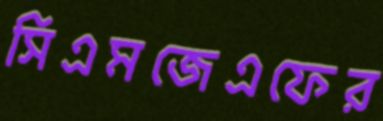
সিএমজেএফের